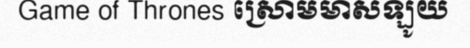
Game of Thrones ស្រោមមាសឡូយ